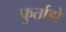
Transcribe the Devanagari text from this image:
फुर्ताडो